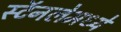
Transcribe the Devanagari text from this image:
स्टॅनलेमध्ये